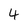
Character: 4